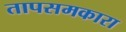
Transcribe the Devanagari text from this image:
तापसमकारा